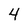
Character: 4